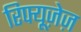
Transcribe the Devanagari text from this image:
रिफ्यूज़ेज़